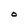
Character: O